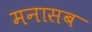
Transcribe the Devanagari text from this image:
मनासब